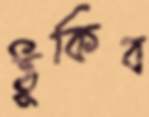
ঠুকিব